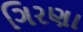
ગિરણા